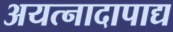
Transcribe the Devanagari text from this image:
अयत्नादापाद्य